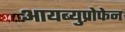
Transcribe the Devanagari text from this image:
आयब्युप्रोफेन